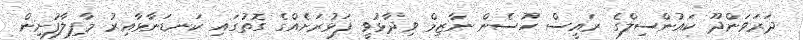
ދަރަވަންދޫ ކައުންސިލްގެ ރައީސް ހުސެން ނާޒިމް ވިދާޅުވީ ފަޅުރަށެއްގެ ގޮތުގައި ކަނޑަނާޅާއިރު މާފިލާފުށިން